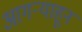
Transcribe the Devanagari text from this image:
आगऱ्याहून